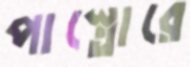
পাস্তোরে